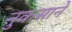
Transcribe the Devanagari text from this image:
नुकसाने